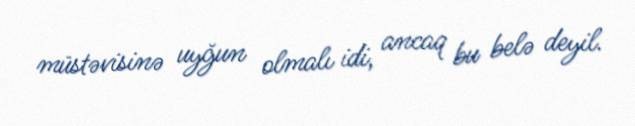
müstəvisinə uyğun olmalı idi, ancaq bu belə deyil.